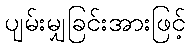
ပျမ်းမျှခြင်းအားဖြင့်